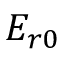
{ E _ { r 0 } }